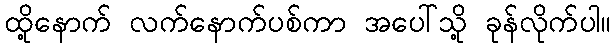
ထို့နောက် လက်နောက်ပစ်ကာ အပေါ်သို့ ခုန်လိုက်ပါ။